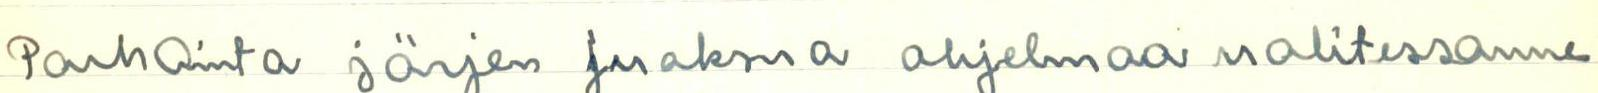
Parhainta järjen juoksua ohjelmaa valitessanne